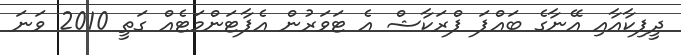
ދީޕިކާއާއި އޭނާގެ ބައްޕަ ޕްރަކާޝް އެ ޓަވަރުން އެޕާޓަންމަޓެއް ގަތީ 2010 ވަނަ